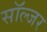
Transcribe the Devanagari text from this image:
साॅल्जर